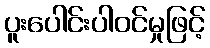
ပူးပေါင်းပါဝင်မှုဖြင့်